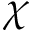
\chi